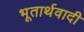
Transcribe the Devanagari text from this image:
भूतार्थवादी